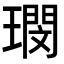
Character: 𭹺